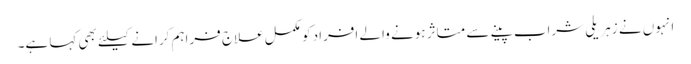
انہوں نے زہریلی شراب پینے سے متاثر ہونے والے افراد کو مکمل علاج فراہم کرانے کیلئے بھی کہا ہے۔